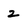
Character: 2